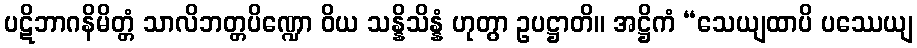
ပဋိဘာဂနိမိတ္တံ သာလိဘတ္တပိဏ္ဍော ဝိယ သန္နိသိန္နံ ဟုတွာ ဥပဋ္ဌာတိ။ အဋ္ဌိကံ “သေယျထာပိ ပဿေယျ